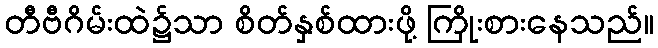
တီဗီဂိမ်းထဲ၌သာ စိတ်နှစ်ထားဖို့ ကြိုးစားနေသည်။